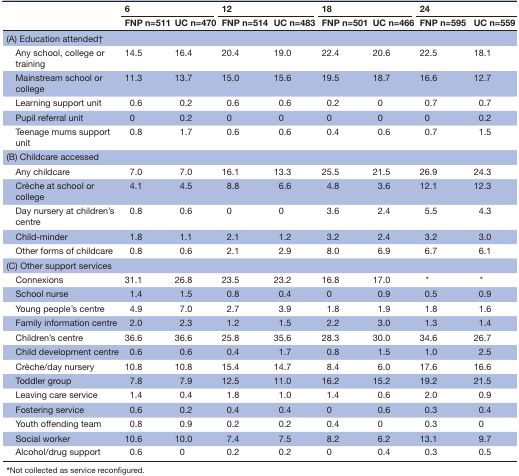
<table><thead><tr><td rowspan="2"></td><td colspan="2"><b>6</b></td><td colspan="2"><b>12</b></td><td colspan="2"><b>18</b></td><td colspan="2"><b>24</b></td></tr><tr><td><b>FNP n=511</b></td><td><b>UC n=470</b></td><td><b>FNP n=514</b></td><td><b>UC n=483</b></td><td><b>FNP n=501</b></td><td><b>UC n=466</b></td><td><b>FNP n=595</b></td><td><b>UC n=559</b></td></tr></thead><tbody><tr><td>(A) Education attended†</td><td></td><td></td><td></td><td></td><td></td><td></td><td></td><td></td></tr><tr><td> Any school, college or training</td><td>14.5</td><td>16.4</td><td>20.4</td><td>19.0</td><td>22.4</td><td>20.6</td><td>22.5</td><td>18.1</td></tr><tr><td> Mainstream school or college</td><td>11.3</td><td>13.7</td><td>15.0</td><td>15.6</td><td>19.5</td><td>18.7</td><td>16.6</td><td>12.7</td></tr><tr><td> Learning support unit</td><td>0.6</td><td>0.2</td><td>0.6</td><td>0.6</td><td>0.2</td><td>0</td><td>0.7</td><td>0.7</td></tr><tr><td> Pupil referral unit</td><td>0</td><td>0.2</td><td>0</td><td>0</td><td>0</td><td>0</td><td>0</td><td>0.2</td></tr><tr><td> Teenage mums support unit</td><td>0.8</td><td>1.7</td><td>0.6</td><td>0.6</td><td>0.4</td><td>0.6</td><td>0.7</td><td>1.5</td></tr><tr><td>(B) Childcare accessed</td><td></td><td></td><td></td><td></td><td></td><td></td><td></td><td></td></tr><tr><td> Any childcare</td><td>7.0</td><td>7.0</td><td>16.1</td><td>13.3</td><td>25.5</td><td>21.5</td><td>26.9</td><td>24.3</td></tr><tr><td> Crèche at school or college</td><td>4.1</td><td>4.5</td><td>8.8</td><td>6.6</td><td>4.8</td><td>3.6</td><td>12.1</td><td>12.3</td></tr><tr><td> Day nursery at children’s centre</td><td>0.8</td><td>0.6</td><td>0</td><td>0</td><td>3.6</td><td>2.4</td><td>5.5</td><td>4.3</td></tr><tr><td> Child-minder</td><td>1.8</td><td>1.1</td><td>2.1</td><td>1.2</td><td>3.2</td><td>2.4</td><td>3.2</td><td>3.0</td></tr><tr><td> Other forms of childcare</td><td>0.8</td><td>0.6</td><td>2.1</td><td>2.9</td><td>8.0</td><td>6.9</td><td>6.7</td><td>6.1</td></tr><tr><td>(C) Other support services</td><td></td><td></td><td></td><td></td><td></td><td></td><td></td><td></td></tr><tr><td> Connexions</td><td>31.1</td><td>26.8</td><td>23.5</td><td>23.2</td><td>16.8</td><td>17.0</td><td>*</td><td>*</td></tr><tr><td> School nurse</td><td>1.4</td><td>1.5</td><td>0.8</td><td>0.4</td><td>0</td><td>0.9</td><td>0.5</td><td>0.9</td></tr><tr><td> Young people’s centre</td><td>4.9</td><td>7.0</td><td>2.7</td><td>3.9</td><td>1.8</td><td>1.9</td><td>1.8</td><td>1.6</td></tr><tr><td> Family information centre</td><td>2.0</td><td>2.3</td><td>1.2</td><td>1.5</td><td>2.2</td><td>3.0</td><td>1.3</td><td>1.4</td></tr><tr><td> Children’s centre</td><td>36.6</td><td>36.6</td><td>25.8</td><td>35.6</td><td>28.3</td><td>30.0</td><td>34.6</td><td>26.7</td></tr><tr><td> Child development centre</td><td>0.6</td><td>0.6</td><td>0.4</td><td>1.7</td><td>0.8</td><td>1.5</td><td>1.0</td><td>2.5</td></tr><tr><td> Crèche/day nursery</td><td>10.8</td><td>10.8</td><td>15.4</td><td>14.7</td><td>8.4</td><td>6.0</td><td>17.6</td><td>16.6</td></tr><tr><td> Toddler group</td><td>7.8</td><td>7.9</td><td>12.5</td><td>11.0</td><td>16.2</td><td>15.2</td><td>19.2</td><td>21.5</td></tr><tr><td> Leaving care service</td><td>1.4</td><td>0.4</td><td>1.8</td><td>1.0</td><td>1.4</td><td>0.6</td><td>2.0</td><td>0.9</td></tr><tr><td> Fostering service</td><td>0.6</td><td>0.2</td><td>0.4</td><td>0.4</td><td>0</td><td>0.6</td><td>0.3</td><td>0.4</td></tr><tr><td> Youth offending team</td><td>0.8</td><td>0.9</td><td>0.2</td><td>0.2</td><td>0.4</td><td>0</td><td>0.3</td><td>0</td></tr><tr><td> Social worker</td><td>10.6</td><td>10.0</td><td>7.4</td><td>7.5</td><td>8.2</td><td>6.2</td><td>13.1</td><td>9.7</td></tr><tr><td> Alcohol/drug support</td><td>0.6</td><td>0</td><td>0.2</td><td>0.2</td><td>0</td><td>0.4</td><td>0.3</td><td>0.5</td></tr></tbody></table>